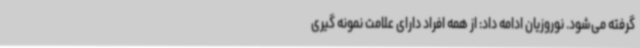
گرفته می‌شود. نوروزیان ادامه داد: از همه افراد دارای علامت نمونه گیری